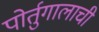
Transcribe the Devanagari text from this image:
पोर्तुगालाची